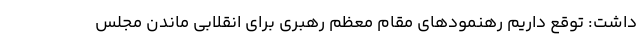
داشت: توقع داریم رهنمودهای مقام معظم رهبری برای انقلابی ماندن مجلس